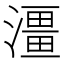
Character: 𤀌